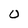
Character: 0